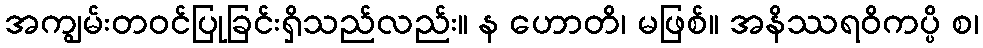
အကျွမ်းတဝင်ပြုခြင်းရှိသည်လည်း။ န ဟောတိ၊ မဖြစ်။ အနိဿရဝိကပ္ပိ စ၊